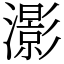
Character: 𤂖